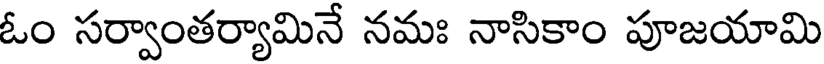
ఓం సర్వాంతర్యామినే నమః నాసికాం పూజయామి